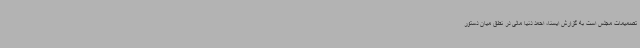
تصمیمات مجلس است به گزارش ایسنا، احمد دنیا مالی در نطق میان دستور